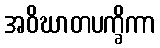
အဝိဃာတပက္ခိကာ